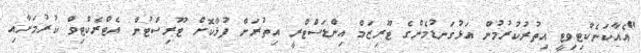
"އެއާކަނެކްޓިވިޓީ އިތުރުކުރުމުން އަޅުގަނޑުމެންގެ ޓޫރިޒަމް އިންޑަސްޓްރީ އިތުރަށް ފުޅާކޮށް ޓޫރިސްޓުން އެޓްރެކްޓިވް ކުރުމަށާއި